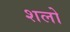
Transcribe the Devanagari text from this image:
शलो